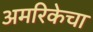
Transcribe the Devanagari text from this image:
अमरिकेचा